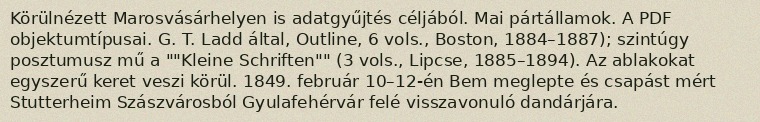
Körülnézett Marosvásárhelyen is adatgyűjtés céljából. Mai pártállamok. A PDF objektumtípusai. G. T. Ladd által, Outline, 6 vols., Boston, 1884–1887); szintúgy posztumusz mű a ""Kleine Schriften"" (3 vols., Lipcse, 1885–1894). Az ablakokat egyszerű keret veszi körül. 1849. február 10–12-én Bem meglepte és csapást mért Stutterheim Szászvárosból Gyulafehérvár felé visszavonuló dandárjára.